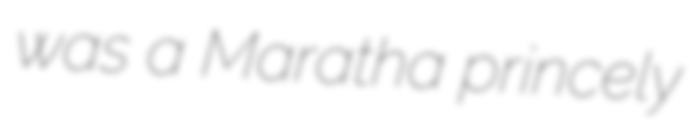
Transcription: was a Maratha princely